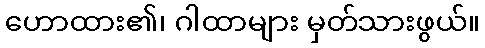
ဟောထား၏၊ ဂါထာများ မှတ်သားဖွယ်။